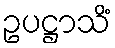
ဥပဋ္ဌာသိံ